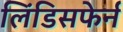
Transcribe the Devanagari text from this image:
लिंडिसफेर्न